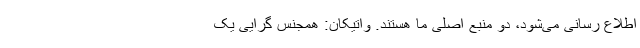
اطلاع رسانی می‌شود، دو منبع اصلی ما هستند. واتیکان: همجنس گرایی یک